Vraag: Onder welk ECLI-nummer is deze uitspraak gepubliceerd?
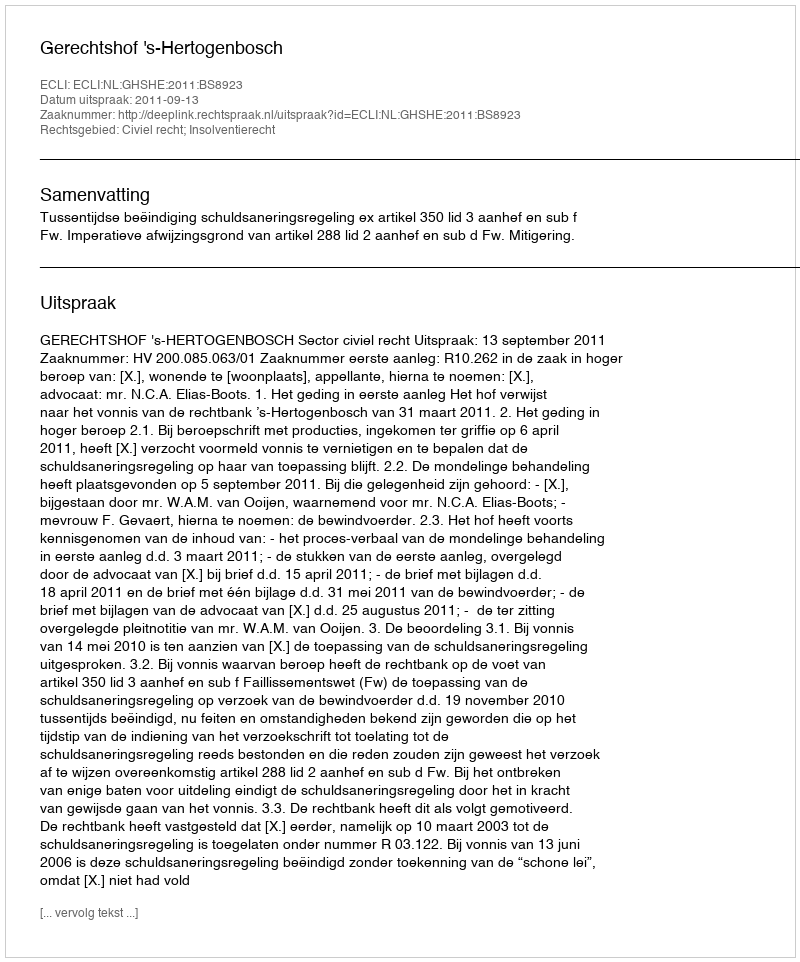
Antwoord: ECLI:NL:GHSHE:2011:BS8923